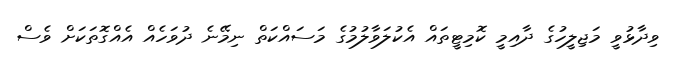
ވިދާޅުވީ މަޖިލީހުގެ ދާއިމީ ކޮމިޓީތައް އެކުލަވާލުމުގެ މަސައްކަތް ނިމޭނެ ދުވަހެއް އެއްގޮތަކަށް ވެސް